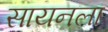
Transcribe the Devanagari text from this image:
सायनला